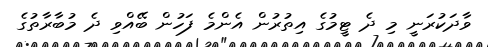
ވާދަކުރަނީ މި ދެ ޓީމުގެ އިތުރުން އެންމެ ފަހުން ބޭއްވި ދެ މުބާރާތުގެ